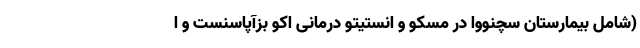
(شامل بیمارستان سچنووا در مسکو و انستیتو درمانی اکو بزآپاسنست و ا